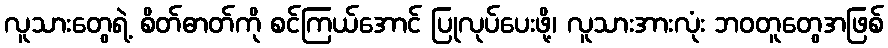
လူသားတွေရဲ့ စိတ်ဓာတ်ကို စင်ကြယ်အောင် ပြုလုပ်ပေးဖို့၊ လူသားအားလုံး ဘဝတူတွေအဖြစ်